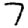
Digit: 7